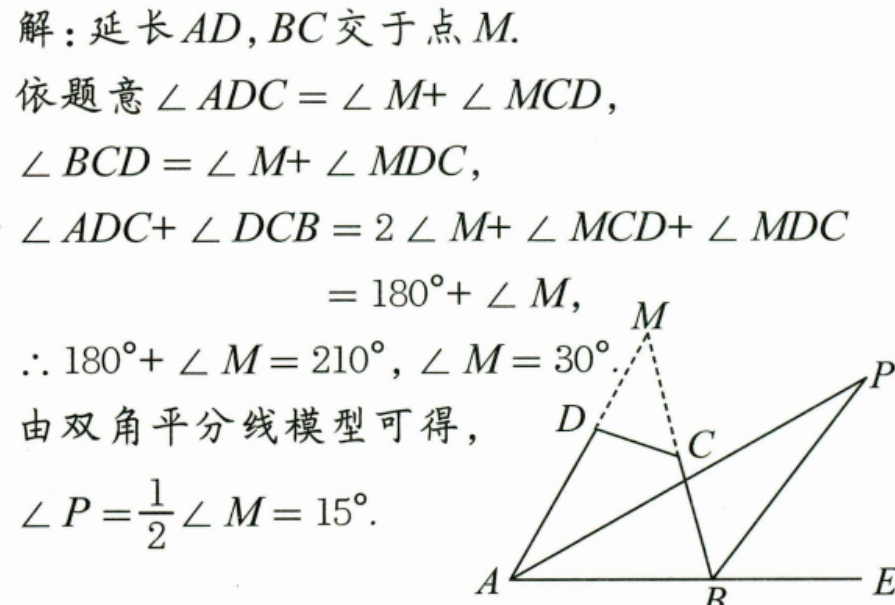
解：延长\(AD,BC\)交于点\(M\).
依题意\(\angle ADC=\angle M + \angle MCD\)，
\(\angle BCD=\angle M+\angle MDC\)，
\(\begin{align*}
\angle ADC+\angle DCB&=2\angle M+\angle MCD+\angle MDC\\
&= 180^{\circ}+\angle M,
\end{align*}\)
\(\therefore 180^{\circ}+\angle M = 210^{\circ},\angle M = 30^{\circ}\).
由双角平分线模型可得，
\(\angle P=\frac{1}{2}\angle M = 15^{\circ}\).
  ![](https://pic2.zhimg.com/v2-76666779979797979797979797979797_b.jpg)  （此处因无法直接获取图，用文字示意有对应图形）